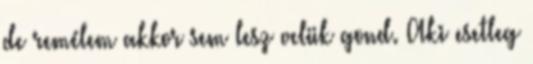
de remélem akkor sem lesz velük gond. Aki esetleg